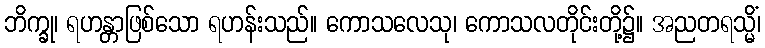
ဘိက္ခု၊ ရဟန္တာဖြစ်သော ရဟန်းသည်။ ကောသလေသု၊ ကောသလတိုင်းတို့၌။ အညတရသ္မိံ၊